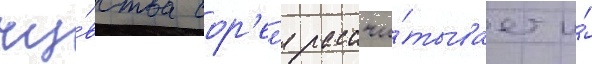
чу́вства сор'ел'я рассчи́тывает и́